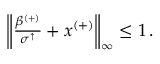
\begin{array} { r } { \left\lVert \frac { \beta ^ { ( + ) } } { \sigma ^ { \uparrow } } + x ^ { ( + ) } \right\rVert _ { \infty } \leq 1 \, . } \end{array}